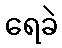
ရေခဲ